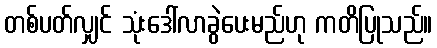
တစ်ပတ်လျှင် သုံးဒေါ်လာခွဲပေးမည်ဟု ကတိပြုသည်။